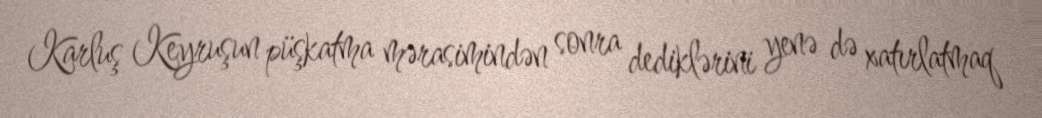
Karluş Keyruşun püşkatma mərasimindən sonra dediklərini yenə də xatırlatmaq